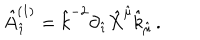
{ \hat { A } } _ { \hat { \imath } } ^ { ( 1 ) } = { \hat { k } } ^ { - 2 } \partial _ { \hat { \imath } } { \hat { X } } ^ { { \hat { \mu } } } { \hat { k } } _ { \hat { \mu } } \, .